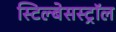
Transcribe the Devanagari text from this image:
स्टिल्बेसस्ट्रॉल